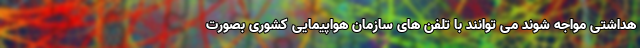
هداشتی مواجه شوند می توانند با تلفن های سازمان هواپیمایی کشوری بصورت